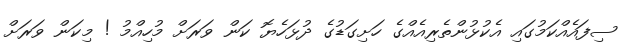
ސިފައެއްކަމުގައި އެކުޅުންތެރިއެއްގެ ހަށިގަޑުގެ ދުޅަހެޔޮ ކަން ވަރަށް މުހިއްމު ! މިކަން ވަރަށް